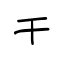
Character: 干